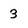
Character: 3